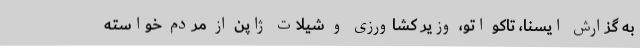
به گزارش ایسنا، تاکو اتو، وزیر کشاورزی و شیلات ژاپن از مردم خواسته